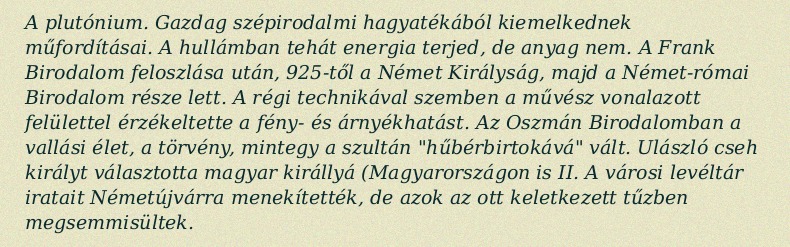
A plutónium. Gazdag szépirodalmi hagyatékából kiemelkednek műfordításai. A hullámban tehát energia terjed, de anyag nem. A Frank Birodalom feloszlása után, 925-től a Német Királyság, majd a Német-római Birodalom része lett. A régi technikával szemben a művész vonalazott felülettel érzékeltette a fény- és árnyékhatást. Az Oszmán Birodalomban a vallási élet, a törvény, mintegy a szultán "hűbérbirtokává" vált. Ulászló cseh királyt választotta magyar királlyá (Magyarországon is II. A városi levéltár iratait Németújvárra menekítették, de azok az ott keletkezett tűzben megsemmisültek.